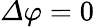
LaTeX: \varDelta\varphi=0